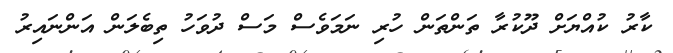
ކާރު ކުއްޔަށް ދޫކުރާ ތަންތަން ހުރި ނަމަވެސް މަސް ދުވަހު ތިބެލަން އަންނައިރު